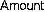
AMOUNT